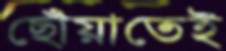
ছোঁয়াতেই